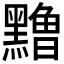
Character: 𱋹